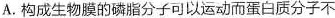
A.构成生物膜的磷脂分子可以运动而蛋白质分子不